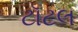
ટૉટલ